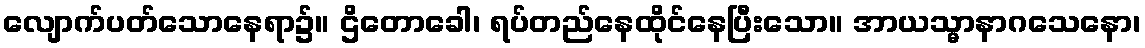
လျောက်ပတ်သောနေရာ၌။ ဌိတောခေါ၊ ရပ်တည်နေထိုင်နေပြီးသော။ အာယသ္မာနာဂသေနော၊